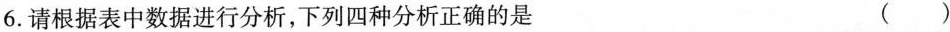
6.请根据表中数据进行分析，下列四种分析正确的是 ()